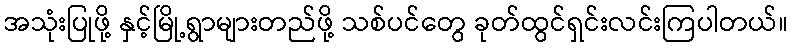
အသုံးပြုဖို့ နှင့်မြို့ရွာများတည်ဖို့ သစ်ပင်တွေ ခုတ်ထွင်ရှင်းလင်းကြပါတယ်။